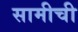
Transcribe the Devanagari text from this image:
सामीची